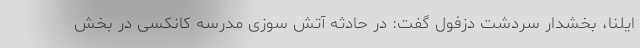
ایلنا، بخشدار سردشت دزفول گفت: در حادثه آتش سوزی مدرسه کانکسی در بخش